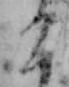
こ